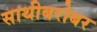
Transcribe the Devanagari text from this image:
साथीबरोबर